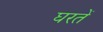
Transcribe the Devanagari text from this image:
घरतें